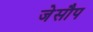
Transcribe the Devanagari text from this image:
जेसौप